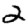
Digit: 2